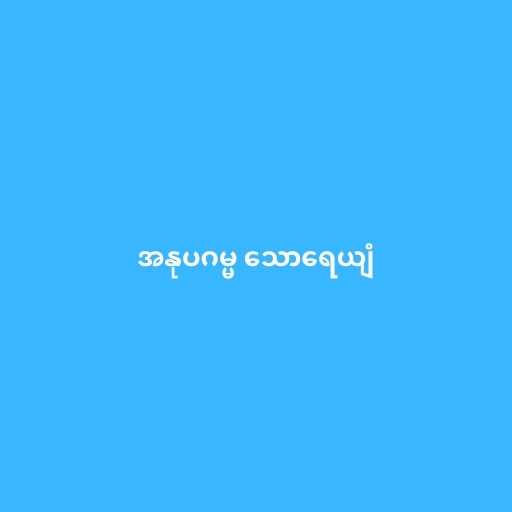
အနုပဂမ္မ သောရေယျံ